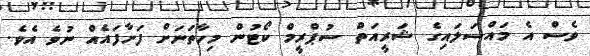
ވެސް އެ މައްސަލައިގެ ޝަރީއަތް ސުޕްރީމް ކޯޓުން މިހާތަނަށް ފަށާފައެއް ނުވެ އެވެ.